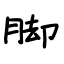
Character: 脚